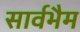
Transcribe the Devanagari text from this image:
सार्वभैम